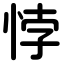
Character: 悖